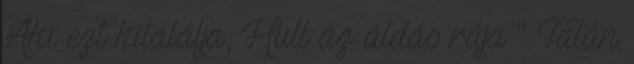
Aki ezt kitalálja, Hull az áldás rája " Talán